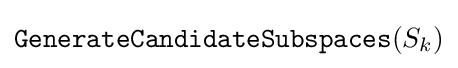
{\mathtt {GenerateCandidateSubspaces}}(S_{k})